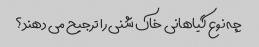
چه نوع گیاهانی خاک شنی را ترجیح می دهند؟